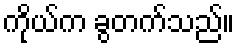
ကိုယ်က ခွတက်သည်။